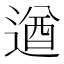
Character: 遒